Indian journal of veterinary science and animal husbandry - Volume 14,
Year: 1944
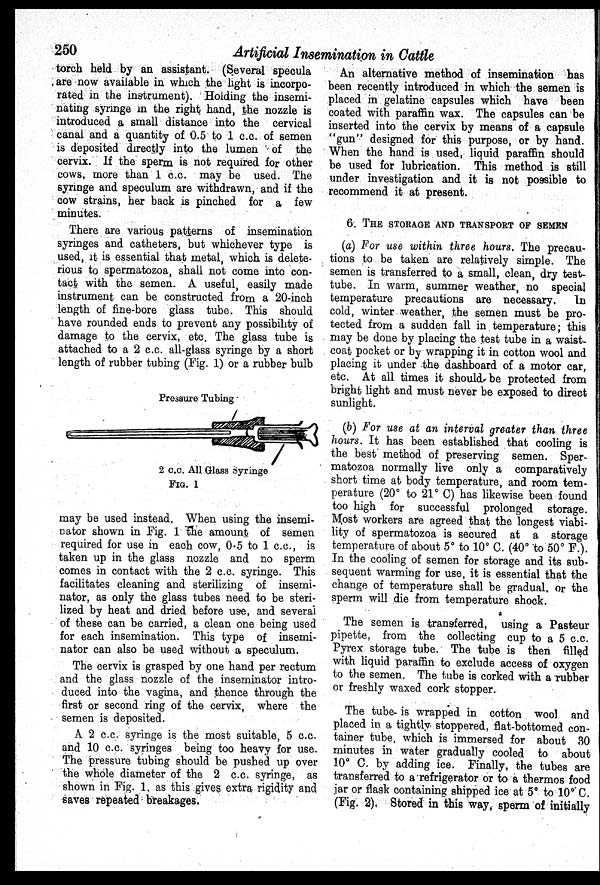
250
Artificial Insemination in Cattle
torch held by an assistant. (Several specula
are now available in which the light is incorpo-
rated in the instrument). Holding the insemi-
nating syringe in the right hand, the nozzle is
introduced a small distance into the cervical
canal and a quantity of 0.5 to 1 c.c. of semen
is deposited directly into the lumen of the
cervix. If the sperm is not required for other
cows, more than 1 c.c. may be used. The
syringe and speculum are withdrawn, and if the
cow strains, her back is pinched for a few
minutes.
There are various patterns of insemination
syringes and catheters, but whichever type is
used, it is essential that metal, which is delete-
rious to spermatozoa, shall not come into con-
tact with the semen. A useful, easily made
instrument can be constructed from a 20-inch
length of fine-bore glass tube. This should
have rounded ends to prevent any possibility of
damage to the cervix, etc. The glass tube is
attached to a 2 c.c. all-glass syringe by a short
length of rubber tubing (Fig. 1) or a rubber bulb
Pressure Tubing
2 c.c. All Glass Syringe
FIG. 1
may be used instead. When using the insemi-
nator shown in Fig. 1 the amount of semen
required for use in each cow, 0.5 to 1 c.c., is
taken up in the glass nozzle and no sperm
comes in contact with the 2 c.c. syringe. This
facilitates cleaning and sterilizing of insemi-
nator, as only the glass tubes need to be steri-
lized by heat and dried before use, and several
of these can be carried, a clean one being used
for each insemination. This type of insemi-
nator can also be used without a speculum.
The cervix is grasped by one hand per rectum
and the glass nozzle of the inseminator intro-
duced into the vagina, and thence through the
first or second ring of the cervix, where the
semen is deposited.
A 2 c.c. syringe is the most suitable, 5 c.c.
and 10 c.c. syringes being too heavy for use.
The pressure tubing should be pushed up over
the whole diameter of the 2 c.c. syringe, as
shown in Fig. 1, as this gives extra rigidity and
saves repeated breakages.
An alternative method of insemination has
been recently introduced in which the semen is
placed in gelatine capsules which have been
coated with paraffin wax. The capsules can be
inserted into the cervix by means of a capsule
"gun" designed for this purpose, or by hand.
When the hand is used, liquid paraffin should
be used for lubrication. This method is still
under investigation and it is not possible to
recommend it at present.
6. THE STORAGE AND TRANSPORT OF SEMEN
(a) For use within three hours. The precau-
tions to be taken are relatively simple. The
semen is transferred to a small, clean, dry test-
tube. In warm, summer weather, no special
temperature precautions are necessary.
In
cold, winter weather, the semen must be pro-
tected from a sudden fall in temperature; this
may be done by placing the test tube in a waist-
coat pocket or by wrapping it in cotton wool and
placing it under the dashboard of a motor car,
etc. At all times it should be protected from
bright light and must never be exposed to direct
sunlight.
(b) For use at an interval greater than three
hours. It has been established that cooling is
the best method of preserving semen. Sper-
matozoa normally live only a comparatively
short time at body temperature, and room tem-
perature (20° to 21° C) has likewise been found
too high for successful prolonged storage.
Most workers are agreed that the longest viabi-
lity of spermatozoa is secured at a storage
temperature of about 5° to 10° C. (40° to 50° F.).
In the cooling of semen for storage and its sub-
sequent warming for use, it is essential that the
change of temperature shall be gradual. or the
sperm will die from temperature shock.
The semen is transferred, using a Pasteur
pipette, from the collecting cup to a 5 c.c.
Pyrex storage tube. The tube is then filled
with liquid paraffin to exclude access of oxygen
to the semen. The tube is corked with a rubber
or freshly waxed cork stopper.
The tube is wrapped in cotton wool and
placed in a tightly stoppered, flat-bottomed con-
tainer tube, which is immersed for about 30
minutes in water gradually cooled to about
10° C. by adding ice. Finally, the tubes are
transferred to a refrigerator or to a thermos food
jar or flask containing shipped ice at 5° to 10° C.
(Fig. 2). Stored in this way, sperm of initially